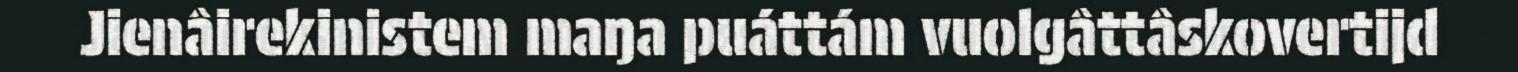
Jienâirekinistem maŋa puáttám vuolgâttâskovertijd